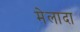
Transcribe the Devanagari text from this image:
मेलादा